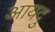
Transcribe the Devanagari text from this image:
आयदु